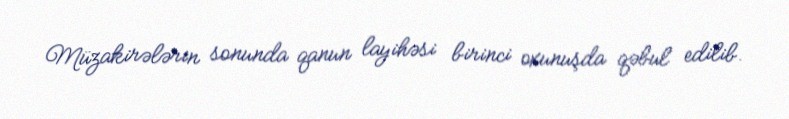
Müzakirələrin sonunda qanun layihəsi birinci oxunuşda qəbul edilib.